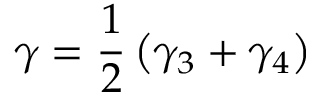
\gamma = \frac { 1 } { 2 } \left( \gamma _ { 3 } + \gamma _ { 4 } \right)